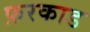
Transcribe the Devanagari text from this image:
फ़रकाड